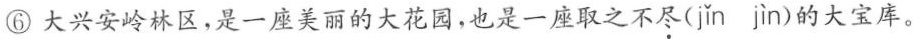
⑥大兴安岭林区，是一座美丽的大花园，也是一座取之不尽( jǐn jìn )的大宝库。